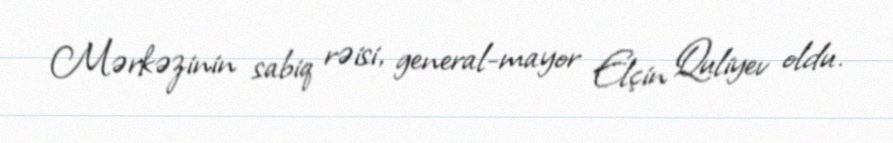
Mərkəzinin sabiq rəisi, general-mayor Elçin Quliyev oldu.